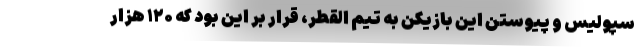
سپولیس و پیوستن این بازیکن به تیم القطر، قرار بر این بود که ۱۲۰ هزار